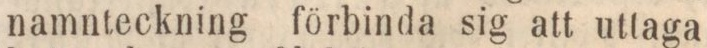
namnteckning förbinda sig att uttaga